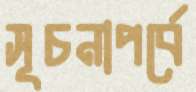
সূচনাপর্বে